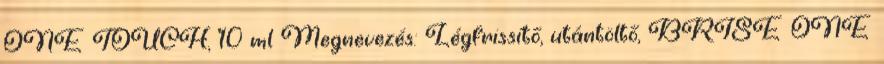
ONE TOUCH, 10 ml Megnevezés: Légfrissítő, utántöltő, BRISE ONE